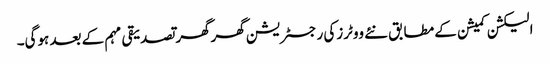
الیکشن کمیشن کے مطابق نئے ووٹرزکی رجسٹریشن گھرگھر تصدیقی مہم کے بعد ہوگی۔